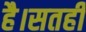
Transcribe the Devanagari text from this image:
है।सतही